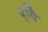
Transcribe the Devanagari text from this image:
व्यिे